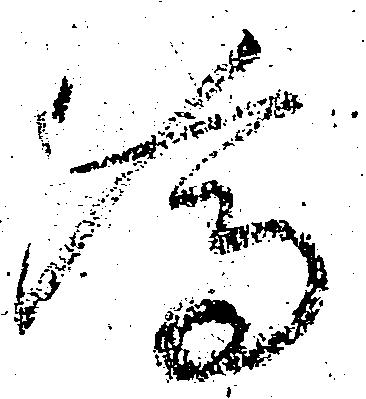
為